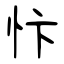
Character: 忭